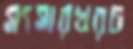
সংসারখরচ